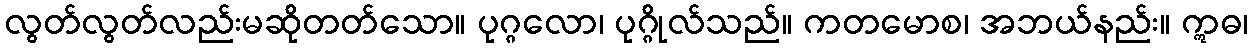
လွတ်လွတ်လည်းမဆိုတတ်သော။ ပုဂ္ဂလော၊ ပုဂ္ဂိုလ်သည်။ ကတမောစ၊ အဘယ်နည်း။ ဣဓ၊